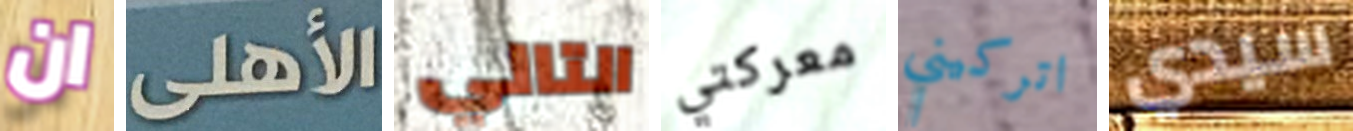
ان الأهلى التالي معركتي اتركيني سيدي